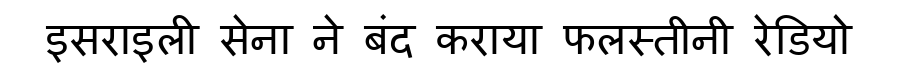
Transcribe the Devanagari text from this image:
इसराइली सेना ने बंद कराया फलस्तीनी रेडियो